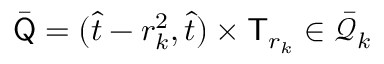
\bar { \mathsf Q } = ( \hat { t } - r _ { k } ^ { 2 } , \hat { t } ) \times \mathsf T _ { r _ { k } } \in \bar { \mathcal Q } _ { k }